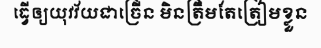
ធ្វើឲ្យយុវវ័យជាច្រើន មិនត្រឹមតែត្រៀមខ្លួន